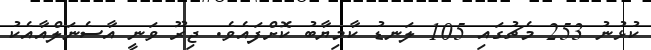
ކުޅުނު 253 މެޗުގައި 105 ލަނޑު ކާމިޔާބު ކޮށްފައެވެ. ޖިރޫ ވަނީ އާސެނަލްއާއެކު